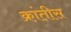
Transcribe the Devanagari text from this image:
क्रांतीस